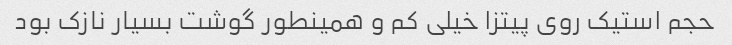
حجم استیک روی پیتزا خیلی کم و همینطور گوشت بسیار‌ نازک بود